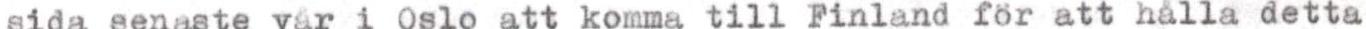
sida senaste vår i Oslo att komma till Finland för att hålla detta